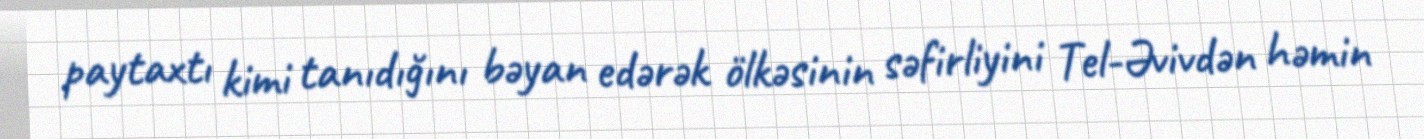
paytaxtı kimi tanıdığını bəyan edərək ölkəsinin səfirliyini Tel-Əvivdən həmin